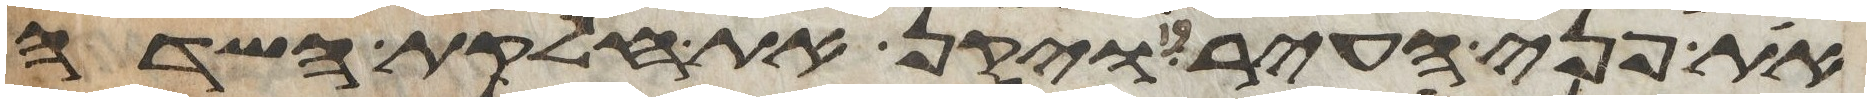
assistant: את פני העיר ויקן את חלקת השדה